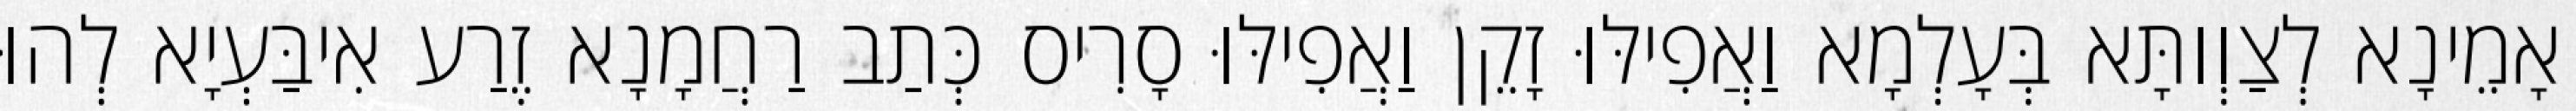
אָמֵינָא לְצַוְותָּא בְּעָלְמָא וַאֲפִילּוּ זָקֵן וַאֲפִילּוּ סָרִיס כְּתַב רַחֲמָנָא זֶרַע אִיבַּעְיָא לְהוּ